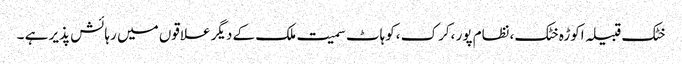
خٹک قبیلہ اکوڑہ خٹک ،نظام پور ،کرک ،کوہاٹ سمیت ملک کے دیگر علاقوں میں رہائش پذیر ہے ۔